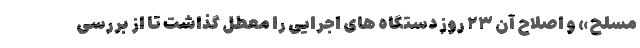
مسلح» و اصلاح آن ۲۳ روز دستگاه های اجرایی را معطل گذاشت تا از بررسی